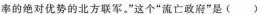
率的绝对优势的北方联军。”这个”流亡政府”是()